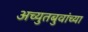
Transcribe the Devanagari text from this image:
अच्युतबुवांच्या